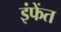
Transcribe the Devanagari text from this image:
इंफेंत